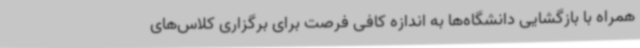
همراه با بازگشایی دانشگاه‌ها به اندازه کافی فرصت برای برگزاری کلاس‌های